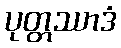
ပုတ္တဿာဒံ